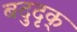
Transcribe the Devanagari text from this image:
बदुदृक्